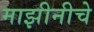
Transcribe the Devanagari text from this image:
माझीनीचे